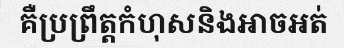
គឺប្រព្រឹត្តកំហុសនិងអាចអត់